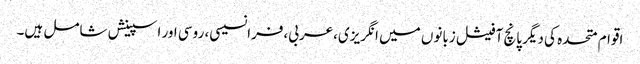
اقوام متحدہ کی دیگر پانچ آفیشل زبانوں میں انگریزی،عربی،فرانسیسی، روسی اور اسپینش شامل ہیں۔